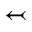
\leftarrowtail